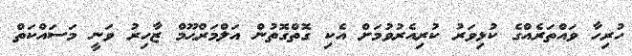
ހުރިހާ ވައްތަރެއްގެ ކުޅިވަރު ކުރިއެރުވުމަށް އެކި ގޮތްގޮތުން އަލްމަރްޙޫމް ޒާހިރު ވަނީ މަސައްކަތް